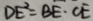
D E ^ { 2 } = B E \cdot C E